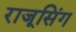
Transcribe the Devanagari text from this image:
राजूसिंग